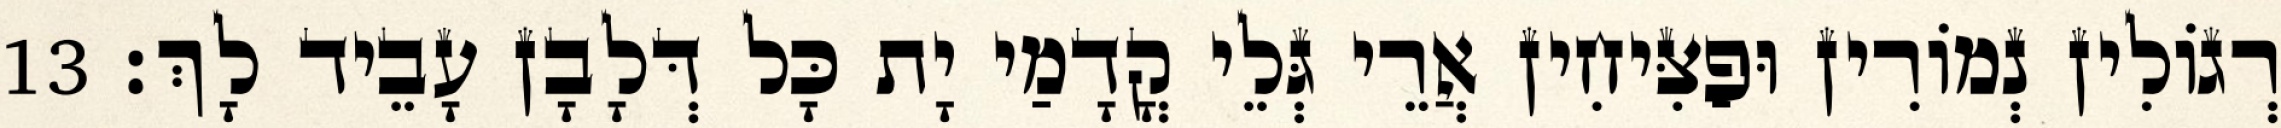
רְגוֹלִין נְמוֹרִין וּפַצִּיחִין אֲרֵי גְּלֵי קֳדָמַי יָת כָּל דְּלָבָן עָבֵיד לָךְ׃ 13